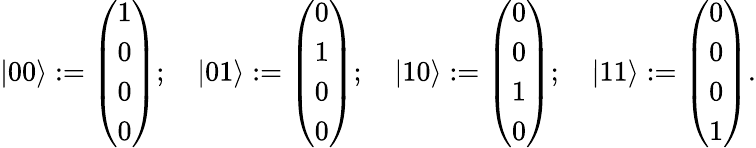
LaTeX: |00\rangle:={\left(\begin{array}{l}{1}\\ {0}\\ {0}\\ {0}\end{array}\right)};\quad|01\rangle:={\left(\begin{array}{l}{0}\\ {1}\\ {0}\\ {0}\end{array}\right)};\quad|10\rangle:={\left(\begin{array}{l}{0}\\ {0}\\ {1}\\ {0}\end{array}\right)};\quad|11\rangle:={\left(\begin{array}{l}{0}\\ {0}\\ {0}\\ {1}\end{array}\right)}.